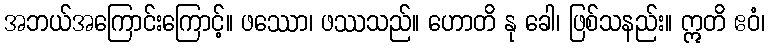
အဘယ်အကြောင်းကြောင့်။ ဖဿော၊ ဖဿသည်။ ဟောတိ နု ခေါ၊ ဖြစ်သနည်း။ ဣတိ ဧဝံ၊